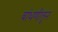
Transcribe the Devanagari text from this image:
बांधणीतून